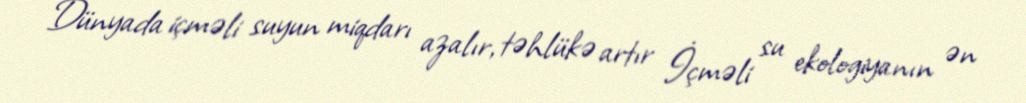
Dünyada içməli suyun miqdarı azalır, təhlükə artır İçməli su ekologiyanın ən